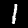
Digit: 1